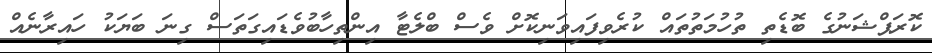
ކޮރަޕްޝަނުގެ ބޮޑެތި ތުހުމަތުތައް ކުރެވިފައިވަނިކޮށް ވެސް ބްލެޓާ އިންތިހާބުވެޑައިގަތަސް ގިނަ ބަޔަކު ހައިރާނެއް